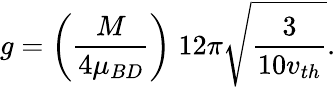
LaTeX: g=\biggl(\frac{M}{4\mu_{BD}}\biggr)\; 12\pi\sqrt{\frac{3}{10v_{th}}}.